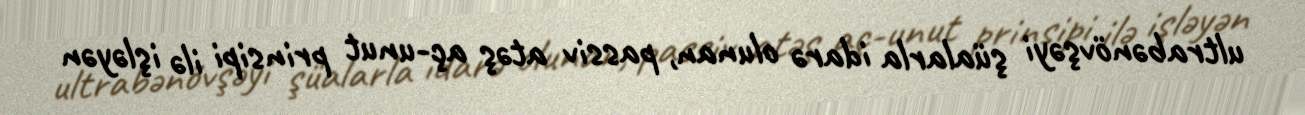
ultrabənövşəyi şüalarla idarə olunan, passiv atəş aç-unut prinsipi ilə işləyən